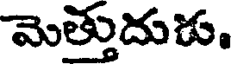
మెత్తుదుడు.